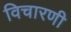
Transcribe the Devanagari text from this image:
विचारणी